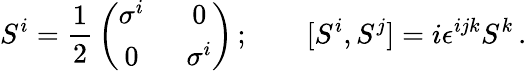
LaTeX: S^{i}={\frac{1}{2}}\left(\begin{array}{cc}{{\sigma^{i}~}}&{{~0}}\\ {{0~}}&{{~\sigma^{i}}}\end{array}\right)\, ;\qquad[S^{i},S^{j}]=i\epsilon^{ijk}S^{k}\, .